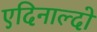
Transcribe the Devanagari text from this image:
एदिनाल्दो